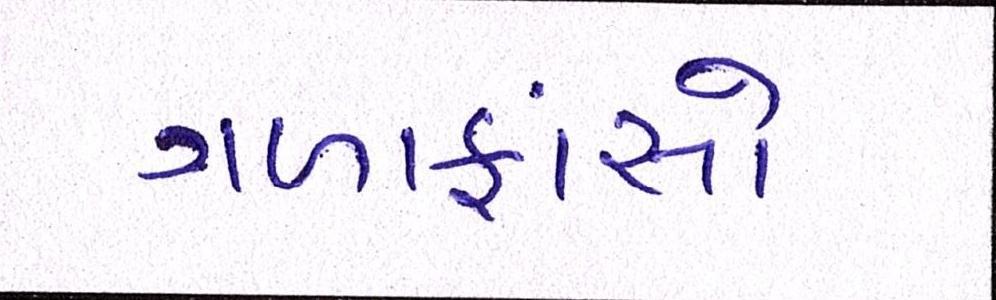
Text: ગળાફાંસો